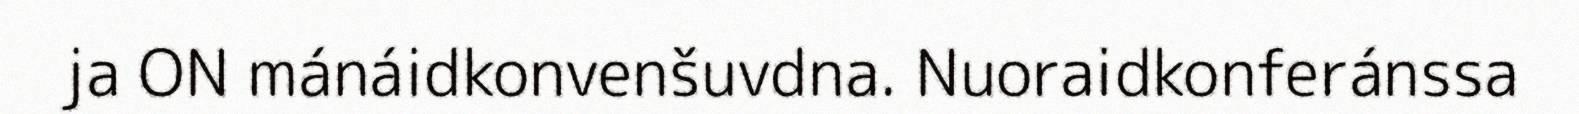
ja ON mánáidkonvenšuvdna. Nuoraidkonferánssa